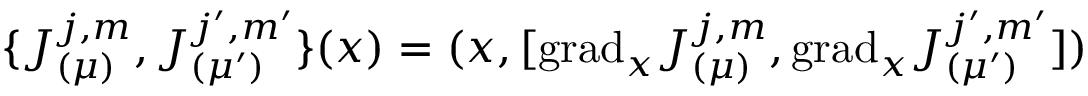
\{ J _ { ( \mu ) } ^ { j , m } , J _ { ( \mu ^ { \prime } ) } ^ { j ^ { \prime } , m ^ { \prime } } \} ( x ) = ( x , [ \mathrm { g r a d } _ { x } J _ { ( \mu ) } ^ { j , m } , \mathrm { g r a d } _ { x } J _ { ( \mu ^ { \prime } ) } ^ { j ^ { \prime } , m ^ { \prime } } ] )